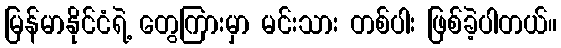
မြန်မာနိုင်ငံရဲ့ တွေကြားမှာ မင်းသား တစ်ပါး ဖြစ်ခဲ့ပါတယ်။